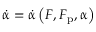
\dot { \boldsymbol { \upalpha } } = \dot { \boldsymbol { \upalpha } } \left( \boldsymbol { F } , \boldsymbol { F } _ { \mathrm { p } } , \boldsymbol { \upalpha } \right)